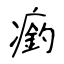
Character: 瘹